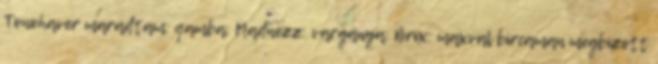
Tonohaver maradtam: qamba: Madnezz: vargánya: Brix: maxval bircaman megbízott